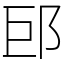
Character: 䢹